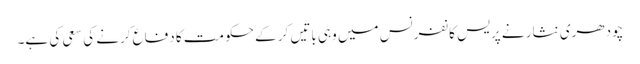
چودھری نثار نے پریس کانفرنس میں وہی باتیں کر کے حکومت کا دفاع کرنے کی سعی کی ہے۔